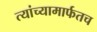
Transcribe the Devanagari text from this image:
त्यांच्यामार्फतच